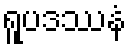
ရူပဒဿနံ